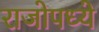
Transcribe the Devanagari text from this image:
राजोपध्ये